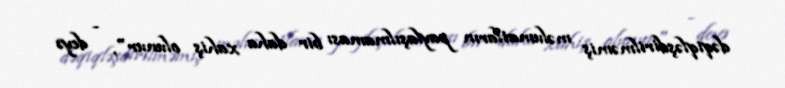
dəqiqləşdirilməmiş məlumatların paylaşılmaması bir daha xahiş olunur", - deyə